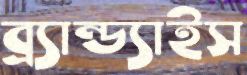
ব্র্যান্ড্যাইস